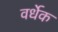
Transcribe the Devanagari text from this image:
वर्धेक